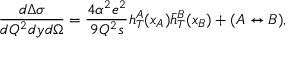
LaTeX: { \frac { d \Delta \sigma } { d Q ^ { 2 } d y d \Omega } } = { \frac { 4 \alpha ^ { 2 } e ^ { 2 } } { 9 Q ^ { 2 } s } } h _ { T } ^ { A } ( x _ { A } ) \bar { h } _ { T } ^ { B } ( x _ { B } ) + ( A \leftrightarrow B ) ,